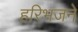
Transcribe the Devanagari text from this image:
हरिभजने